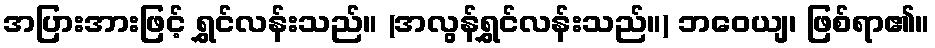
အပြားအားဖြင့် ရွှင်လန်းသည်။ (အလွန်ရွှင်လန်းသည်။) ဘဝေယျ၊ ဖြစ်ရာ၏။